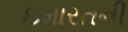
ઇમારતની